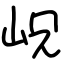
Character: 岲